画像に写った文字を読んでください
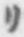
「リ」と書いてあります